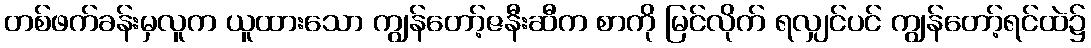
တစ်ဖက်ခန်းမှလူက ယူထားသော ကျွန်တော့်ဇနီးဆီက စာကို မြင်လိုက် ရလျှင်ပင် ကျွန်တော့်ရင်ထဲ၌